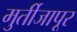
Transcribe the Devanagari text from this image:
मुर्तीजापूर